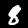
Digit: 8